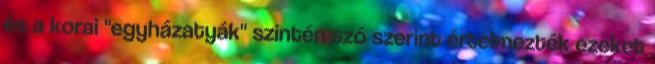
és a korai "egyházatyák" szintén szó szerint értelmezték ezeket